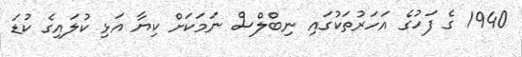
1940 ގެ ފަހުގެ އަހަރުތަކުގައި ނިބްލްސް ނަމަކަށް ކިޔާ އަޅި ކުލައިގެ ކުޑަ